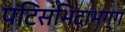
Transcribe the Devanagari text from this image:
पटिसंभिदाभग्ग